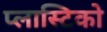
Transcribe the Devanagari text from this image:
प्लास्टिको